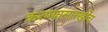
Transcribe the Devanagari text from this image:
करण्यासारखीच